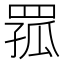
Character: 𦋆